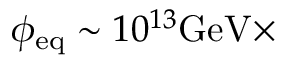
\phi _ { \mathrm { e q } } \sim 1 0 ^ { 1 3 } \mathrm { G e V } \times